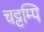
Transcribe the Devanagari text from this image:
चट्टम्पि